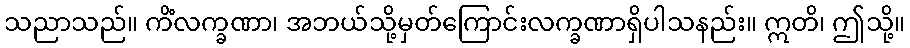
သညာသည်။ ကိံလက္ခဏာ၊ အဘယ်သို့မှတ်ကြောင်းလက္ခဏာရှိပါသနည်း။ ဣတိ၊ ဤသို့။